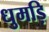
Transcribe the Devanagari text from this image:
धुमड़ि